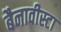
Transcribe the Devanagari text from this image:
बैनावीस्टा